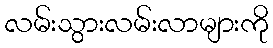
လမ်းသွားလမ်းလာများကို